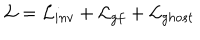
{ \cal L } = { \cal L } _ { i n v } + { \cal L } _ { g f } + { \cal L } _ { g h o s t }